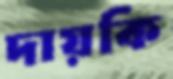
দায়কি